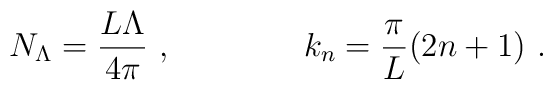
N_{\Lambda}=\frac{L\Lambda}{4\pi} \ , \qquad \qquad k_n=\frac{\pi}{L}(2n+1) \ .